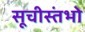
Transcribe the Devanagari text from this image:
सूचीस्तंभो